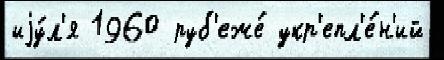
иjу́л'я 1960 руб'еже́ укр'епл'е́н'ий